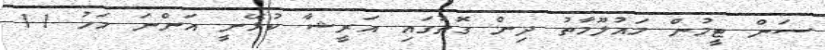
ސަން ޓީމުން މައުލޫމާތު ދިން ގޮތުގައި އަރީޝާ ކުޅޭނީ އަންނަ މަހު 11